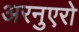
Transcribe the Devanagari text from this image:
अरनुएरो